Lunatic asylums Madras 1892-1911 - 1892-1911
Year: 1892
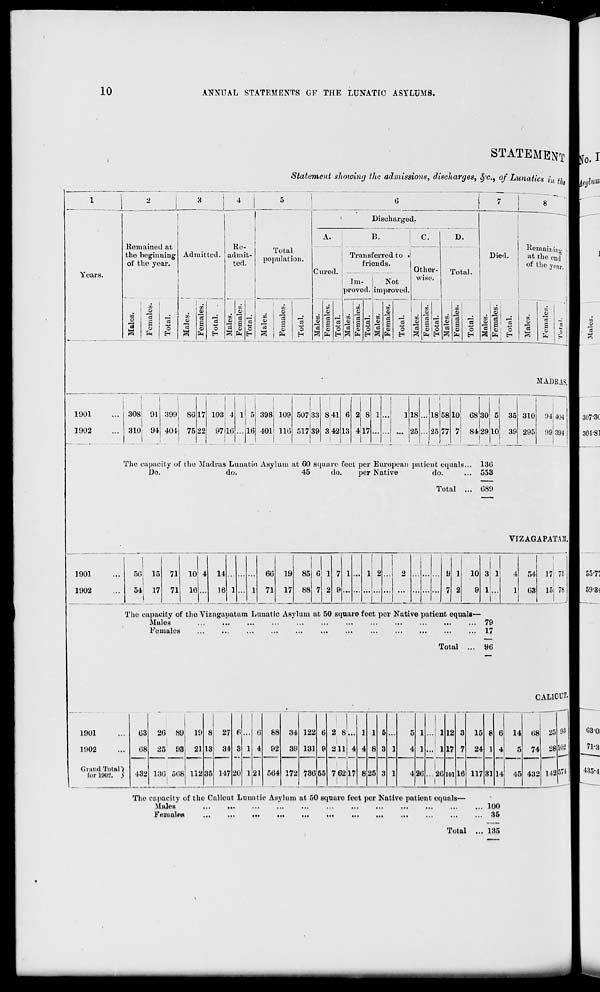
10
ANNUAL STATEMENTS OF THE LUNATIC ASYLUMS.
1901
1902
1901
1902
STATBMEN
r n
Statement showing the admission*;, discharges, §'c. } of Lunatics in th
•
-■
.
1
*
!
3
4
5
1 7
8
Discharged.
A.
B.
C. I
D.
Remained at
Re-
Total
population.
-•
Remaining
the beginning Admitted. admit-
Transferred to .
Died.
at the end
Years.
of the year.
ted.
Cured.
friends.
Im-
Not
Other-
wise.
Total.
of the year,,
proved, improved.
S
s .
»
so
o5
00
.-/
oS
rn
oo !
.
•
o
O)
o
09
Ol
1)
Ol
o
O)
O) i
03
a
03
ctf _; V. 3
05
cS
m •3
m 3
DO (Tt ,_: 03 a
O?
3 • DO •s J 00 Is
"3
C3
EH
s
EH
I 8 c
EH
01
5
ft
cS
o>
13
g
EM
O
EH
i o
3
%
EH
0)
"3
*
s
EH
o
EH
53
— s
0)
EH
CS
a
0
EH
o
03
lr-l
S
03
EH
«
o
EH
Ol
a
Fern
Tota
01
13
>—i
rt
0
MADRAS
1
308 91
i
399 S6 17
1
i
1031 4 1 5 398 109
1
507 33 8 41 6 2 8 1
] 18
18 58 10 68 30 5 35 310 94
1
404
310 94 404 75 22 9716
16 401 110 517139 8 42 13 4|17
1
... ... ... 25 ... 25 77 7 84 29
10
39 295 99 394
The capacity of the Madras Lunatic Asylum at 60 square feet per European patient equals... 130
Do.
do.
45
do.
per Native
do.
... 553
Total ... 689
VIZAGAPATAM,
1
50 15 71 10 4 14
66 19 85 6 1 7 1 ... 1 2
2
9 1 10 3 1
4 54 17 71
54 17 71 16
.16 1
1 71 17 88 7 2 9
7 2
9 1
1 63 15 78
The capacity of tho Vizugupatam Lunatic Asylum at 50 square feet per Native patient equals—
Males
...
...
...
...
...
...
...
...
...
...
...
... 79
Females
...
...
...
...
...
...
...
...
...
...
•••
... 17
Total
96
CALICUT.
1001
li»02
Grand Total*)
for loo-.'. S
63
68
132
26 89 19 8 27 6
6 88 34 122 6 2 8... 1 1 5
5 1 ...! 1 12 3 15 8 6 14 08 25 93
25 93 21 13 34 3 1 4 92 39 131 9 211 4 4 8 3 1
4 1 ... 1 17 7 24 1 4 5 74 88 103
136 508 112 35 147 20 1 21 564 172 786 55
i
7 6217
i |
8 25 8 1
4 88 ...26
1
101 16 117 81 14 45 432 142 m
The capacity of the Calicut Lunatic Asylum at 50 square feet per Native patient equals—
Males
...
...
...
...
...
...
...
...
...
...
...
... 100
FeiualoB
...
>••
...
...
...
.••
...
••■
•••
...
...
... «>&
Total ... 186